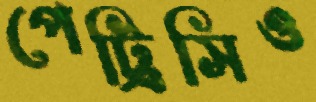
পেট্রিসিও